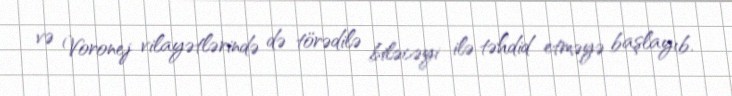
və Voronej vilayətlərində də törədilə biləcəyi ilə təhdid etməyə başlayıb.